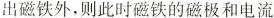
出磁铁外，则此时磁铁的磁极和电流